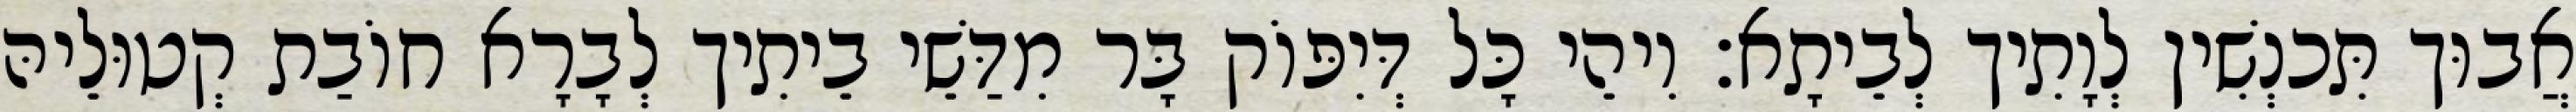
אֲבוּך תִּכנְשִׁין לְוָתִיך לְבֵיתָא׃ וִיהֵי כָּל דְּיִפּוֹק בָּר מִדַּשֵׁי בֵיתִיך לְבָרָא חוֹבַת קְטוּלֵיהּ